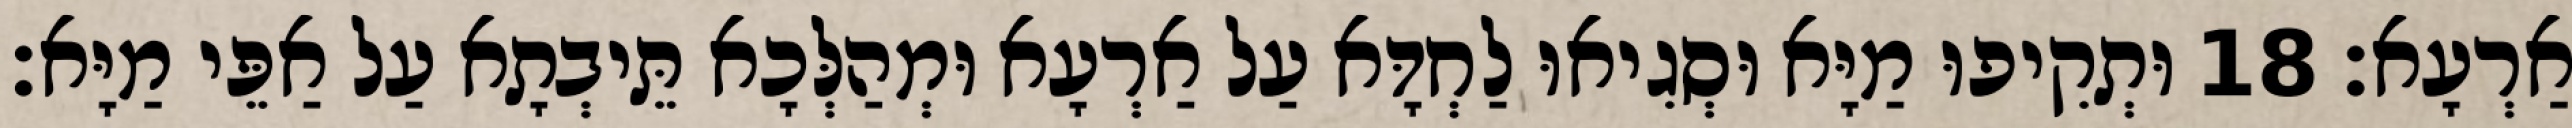
אַרְעָא׃ 18 וּתְקִיפוּ מַיָּא וּסְגִיאוּ לַחְדָּא עַל אַרְעָא וּמְהַלְּכָא תֵּיבְתָא עַל אַפֵּי מַיָּא׃